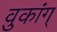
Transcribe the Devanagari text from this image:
वुकांग्